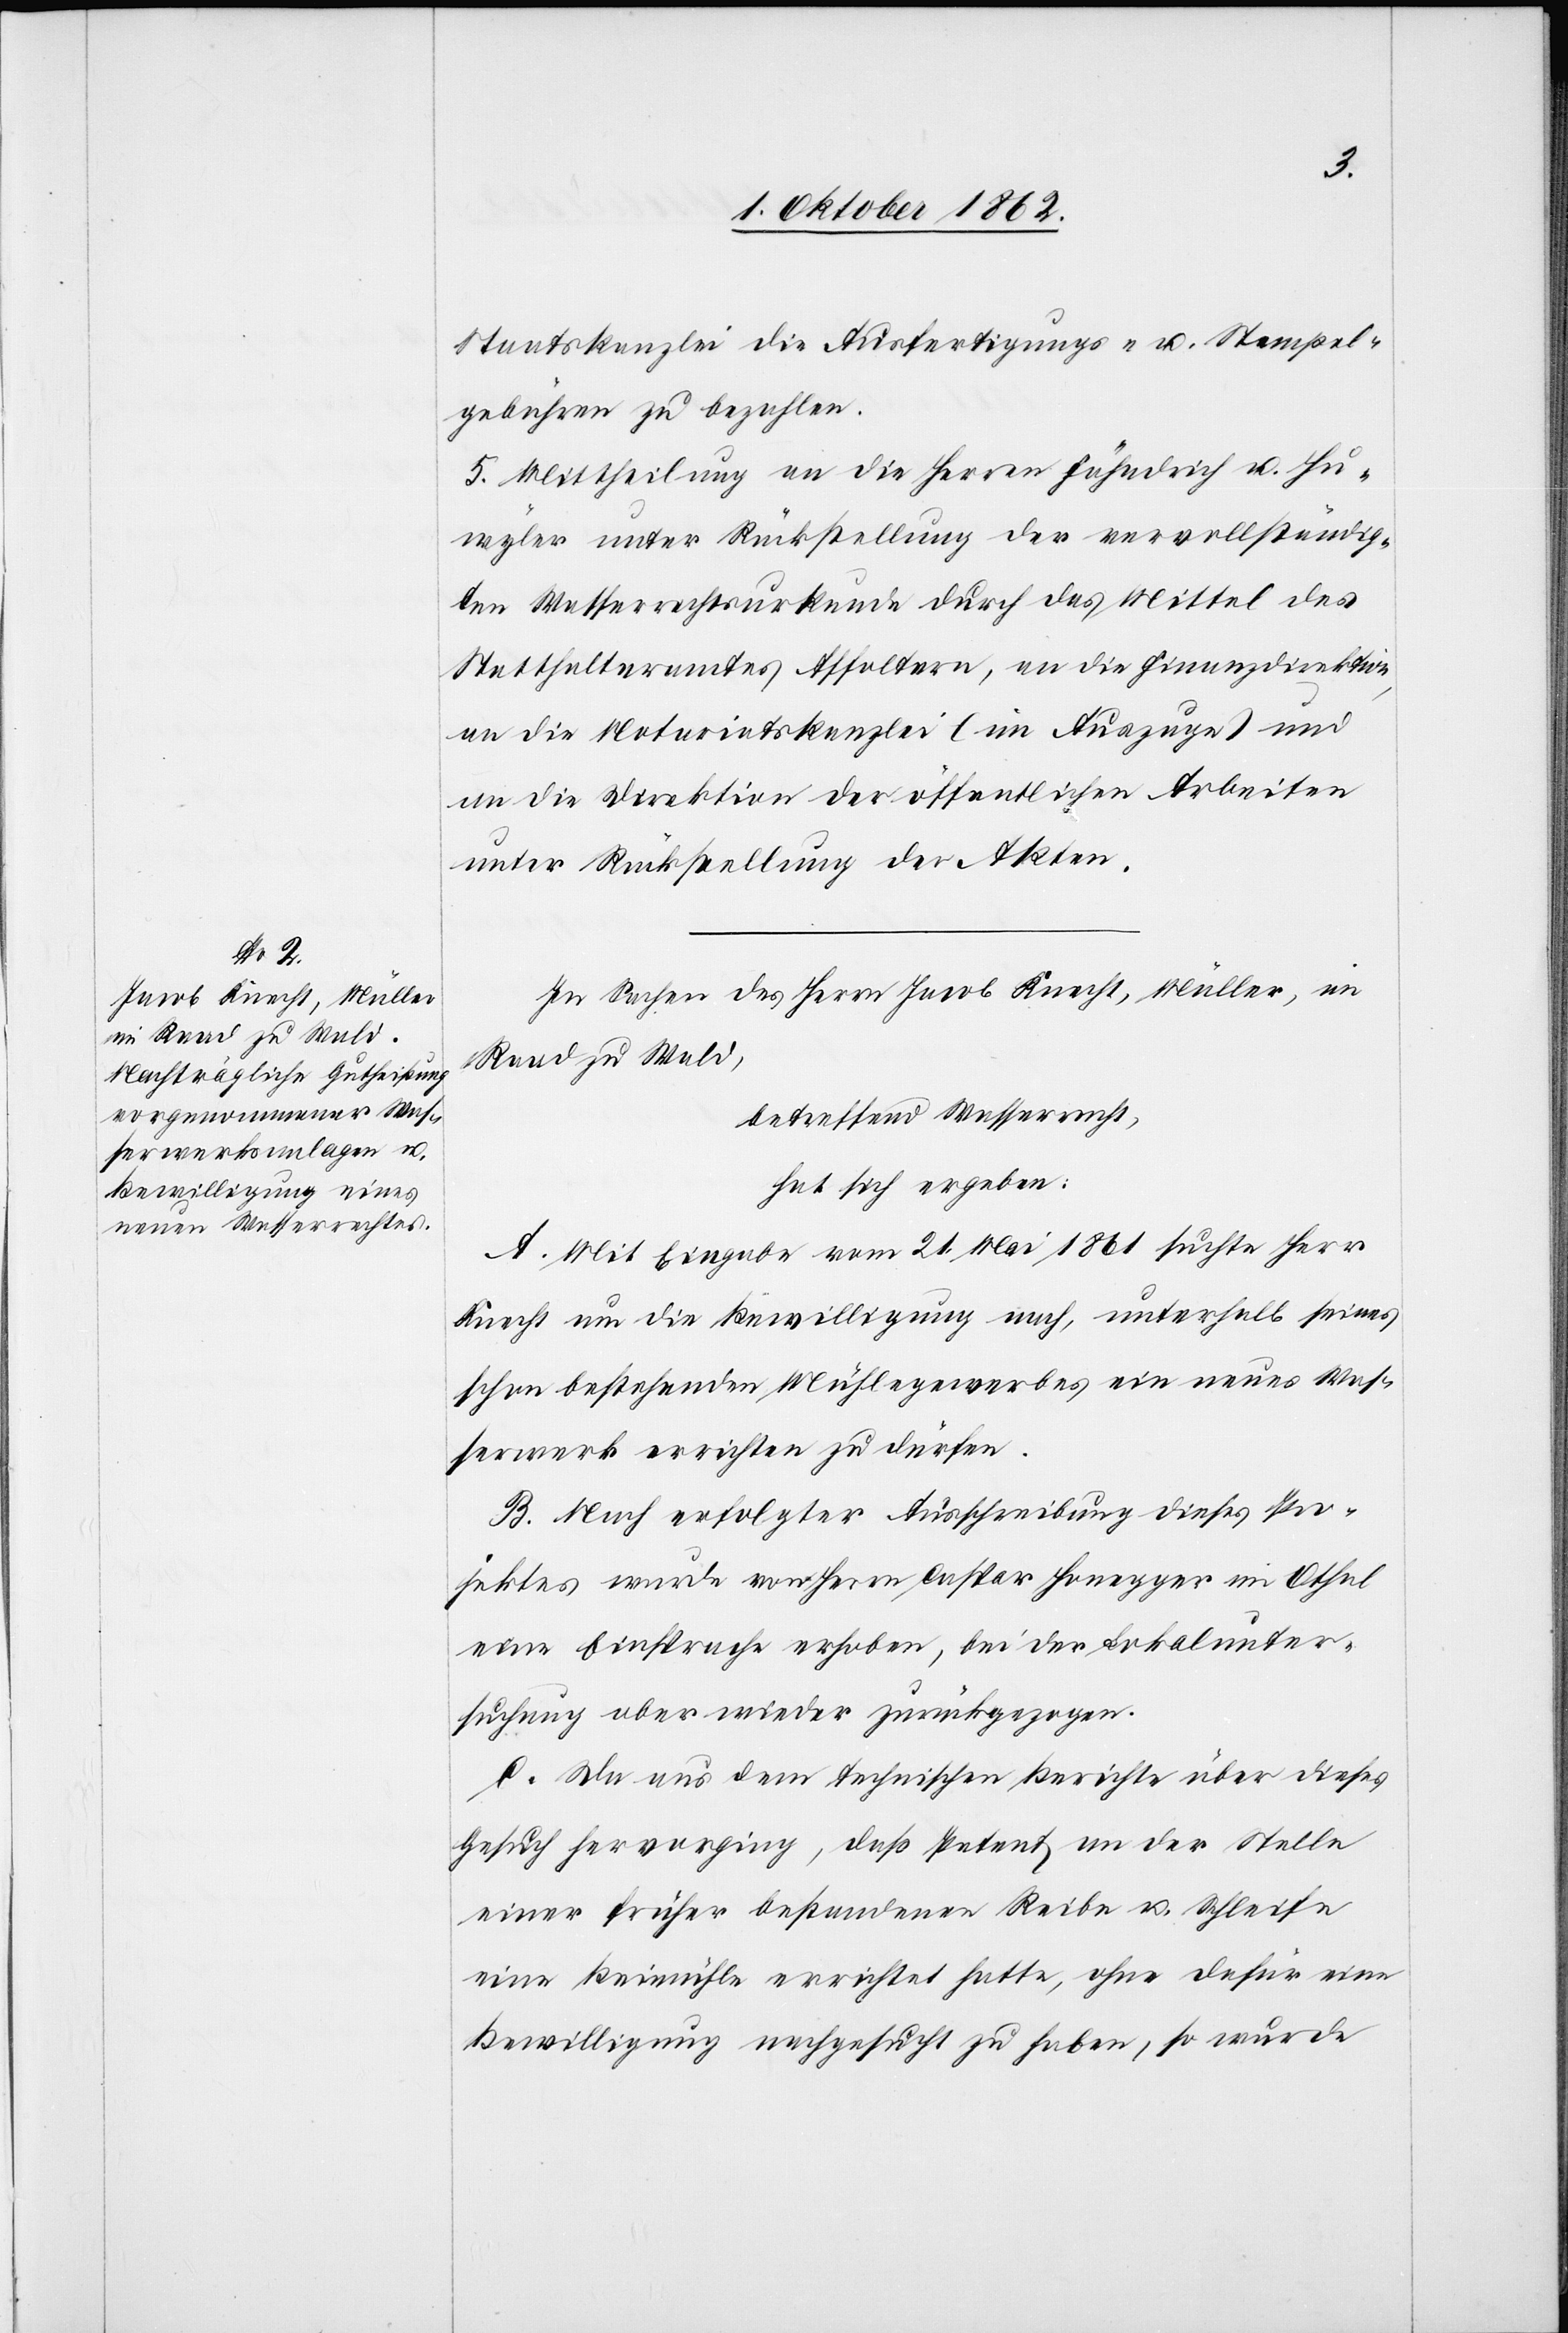
Staatskanzlei die Ausfertigungs- u. Stempel¬
gebühren zu bezahlen.
5. Mittheilung an die Herren Fähndrich u. Hu¬
wyler unter Rückstellung der vervollständig¬
ten Wasserrechtsurkunde durch das Mittel des
Statthalteramtes Affoltern, an die Finanzdirektion,
an die Notariatskanzlei (im Auszug) und
an die Direktion der öffentlichen Arbeiten
unter Rückstellung der Akten.
In Sachen des Herrn Jacob Knecht, Müller, in
Raad zu Wald,
betreffend Wasserrecht,
hat sich ergeben:
A. Mit Eingabe vom 21. Mai 1861 suchte Herr
Knecht um die Bewilligung nach, unterhalb seines
schon bestehenden Mühlegewerbes ein neues Was¬
serwerk errichten zu dürfen.
B. Nach erfolgter Ausschreibung dieses Pro¬
jektes wurde von Herrn Caspar Honegger im Athal
eine Einsprache erhoben, bei der Lokalunter¬
suchung aber wieder zurückgezogen.
C. Da aus dem technischen Berichte über dieses
Gesuch hervorging, daß Petent an der Stelle
einer früher bestandenen Reibe u. Schleife
eine Beimühle errichtet hatte, ohne dafür eine
Bewilligung nachgesucht zu haben, so wurde